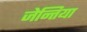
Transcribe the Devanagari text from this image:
जेन्तिया